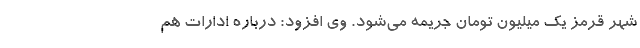
شهر قرمز یک میلیون تومان جریمه می‌شود. وی افزود: درباره ادارات هم